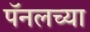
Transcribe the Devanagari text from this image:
पॅनलच्या